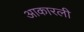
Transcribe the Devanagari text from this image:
आकारली